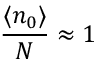
{ \frac { \langle n _ { 0 } \rangle } { N } } \approx 1